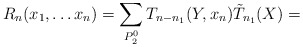
\begin{align*}R_n(x_1,\ldots x_n)=\sum_{P_2^0}T_{n-n_1}(Y,x_n)\tilde T_{n_1}(X)=\end{align*}